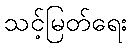
သင့်မြတ်ရေး